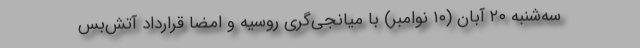
سه‌شنبه ۲۰ آبان (۱۰ نوامبر) با میانجی‌گری روسیه و امضا قرارداد آتش‌بس